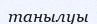
танылуы